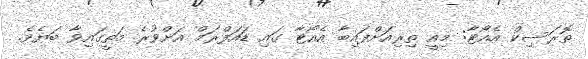
ތޮރަސިކް އެއޯޓާ: މިއީ ތިރިއަށްފައިބާ އެއޯޓާ ގައި ޑައަފްރަމް އަށްވުރެ މަތީގައިވާ ބަޔެވެ.